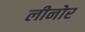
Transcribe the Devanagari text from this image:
लीनोर